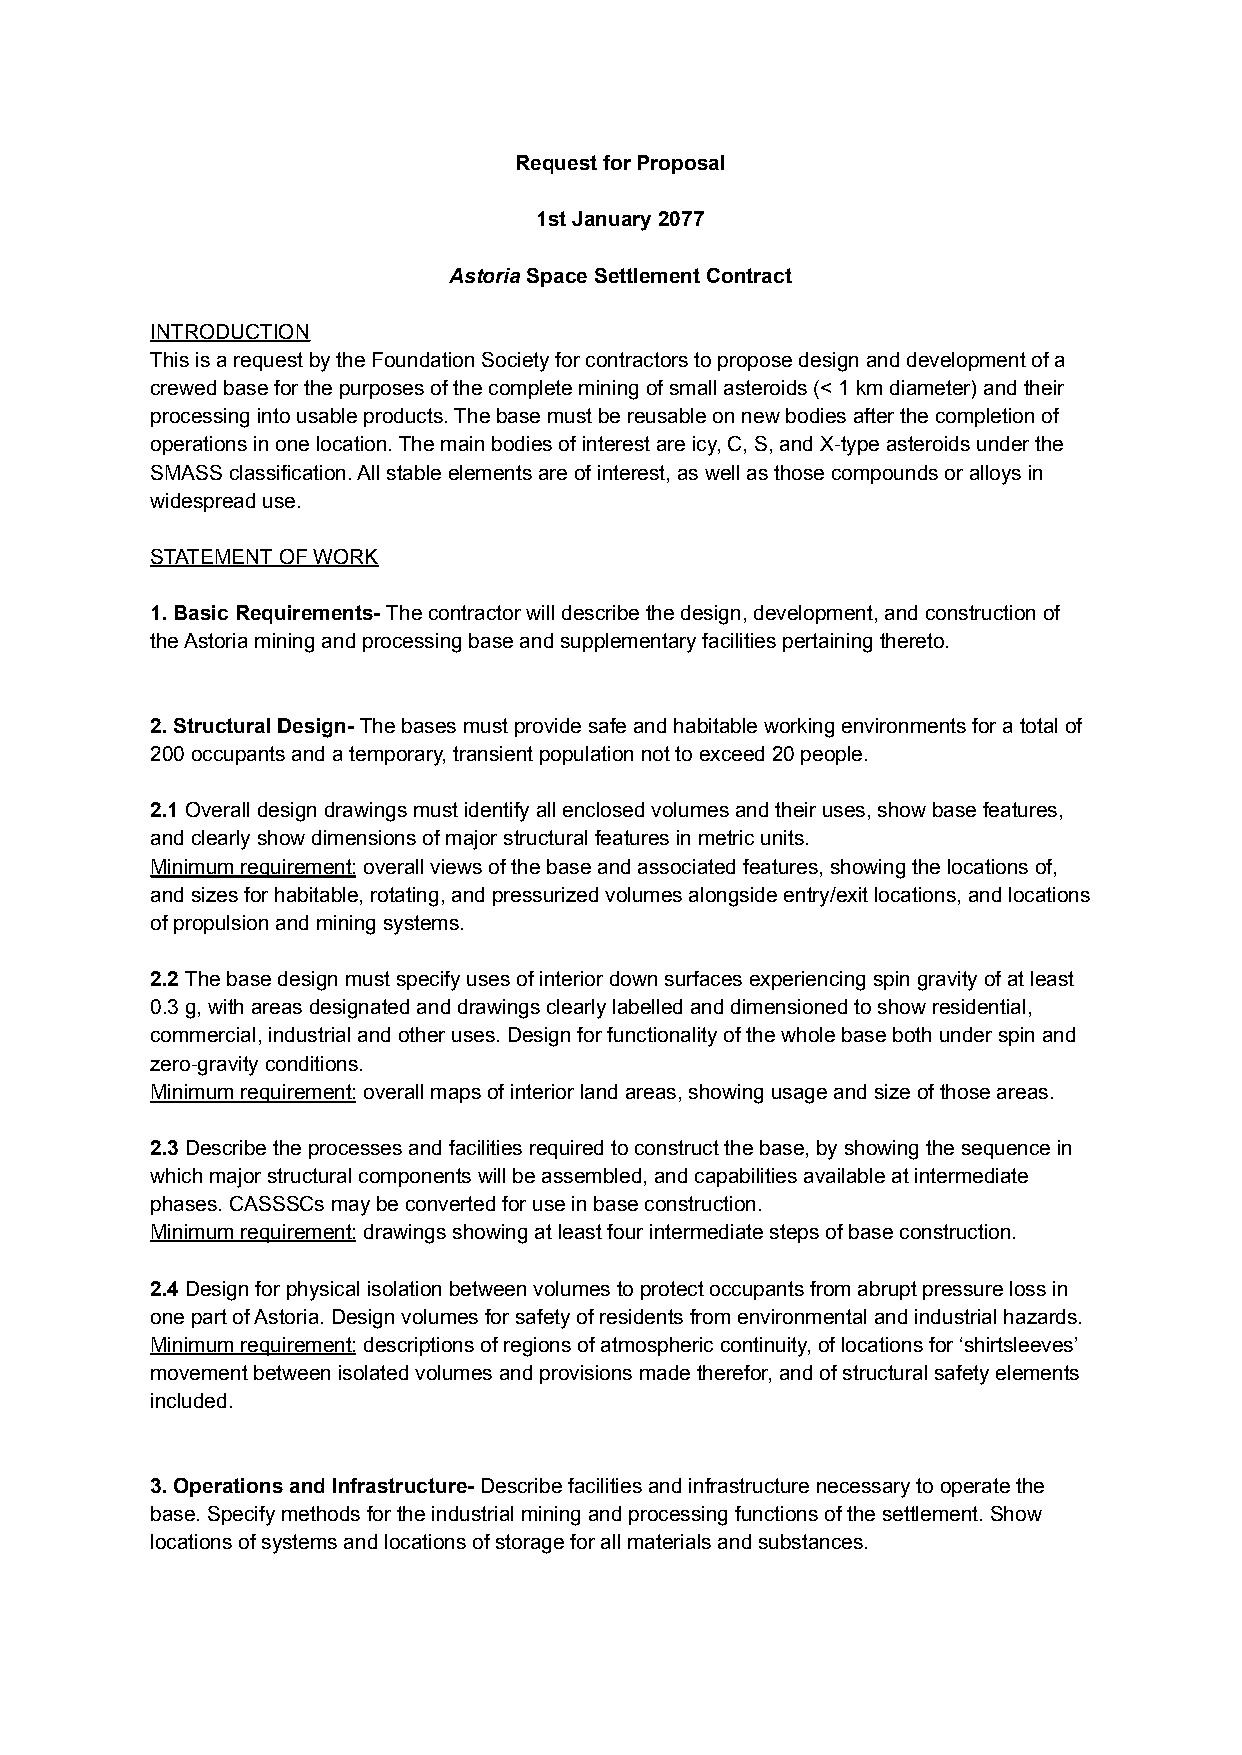
Request for Proposal
 1st January 2077
 AstoriaSpace Settlement Contract
 INTRODUCTION
 This is a request by the Foundation Society for contractors to propose design and development of a
 crewed base for the purposes of the complete mining of small asteroids (< 1 km diameter) and their
 processing into usable products. The base must be reusable on new bodies after the completion of
 operations in one location. The main bodies of interest are icy, C, S, and X-type asteroids under the
 SMASS classification. All stable elements are of interest, as well as those compounds or alloys in
 widespread use.
 STATEMENT OF WORK
 1. Basic Requirements-The contractor will describethe design, development, and construction of
 the Astoria mining and processing base and supplementary facilities pertaining thereto.
 2. Structural Design-The bases must provide safeand habitable working environments for a total of
 200 occupants and a temporary, transient population not to exceed 20 people.
 2.1Overall design drawings must identify all enclosedvolumes and their uses, show base features,
 and clearly show dimensions of major structural features in metric units.
 Minimum requirement:overall views of the base andassociated features, showing the locations of,
 and sizes for habitable, rotating, and pressurized volumes alongside entry/exit locations, and locations
 of propulsion and mining systems.
 2.2The base design must specify uses of interiordown surfaces experiencing spin gravity of at least
 0.3 g, with areas designated and drawings clearly labelled and dimensioned to show residential,
 commercial, industrial and other uses. Design for functionality of the whole base both under spin and
 zero-gravity conditions.
 Minimum requirement:overall maps of interior landareas, showing usage and size of those areas.
 2.3Describe the processes and facilities requiredto construct the base, by showing the sequence in
 which major structural components will be assembled, and capabilities available at intermediate
 phases. CASSSCs may be converted for use in base construction.
 Minimum requirement:drawings showing at least fourintermediate steps of base construction.
 2.4Design for physical isolation between volumesto protect occupants from abrupt pressure loss in
 one part of Astoria. Design volumes for safety of residents from environmental and industrial hazards.
 Minimum requirement:descriptions of regions of atmosphericcontinuity, of locations for ‘shirtsleeves’
 movement between isolated volumes and provisions made therefor, and of structural safety elements
 included.
 3. Operations and Infrastructure-Describe facilitiesand infrastructure necessary to operate the
 base. Specify methods for the industrial mining and processing functions of the settlement. Show
 locations of systems and locations of storage for all materials and substances.